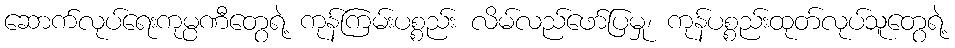
ဆောက်လုပ်ရေးကုမ္ပဏီတွေရဲ့ ကုန်ကြမ်းပစ္စည်း လိမ်လည်ဖော်ပြမှု၊ ကုန်ပစ္စည်းထုတ်လုပ်သူတွေရဲ့